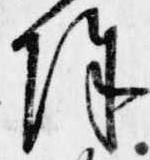
除